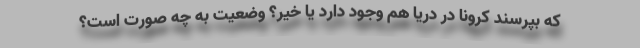
که بپرسند کرونا در دریا هم وجود دارد یا خیر؟ وضعیت به چه صورت است؟